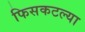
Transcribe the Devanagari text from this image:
फिसकटल्या